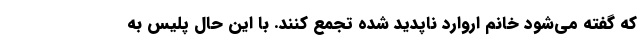
که گفته می‌شود خانم اروارد ناپدید شده تجمع کنند. با این حال پلیس به